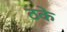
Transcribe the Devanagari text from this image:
ठके